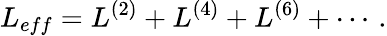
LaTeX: L_{eff}=L^{(2)}+L^{(4)}+L^{(6)}+\cdots\, .